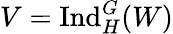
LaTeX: V={\mathrm{Ind}}_{H}^{G}(W)